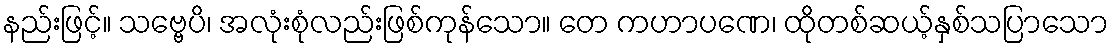
နည်းဖြင့်။ သဗ္ဗေပိ၊ အလုံးစုံလည်းဖြစ်ကုန်သော။ တေ ကဟာပဏေ၊ ထိုတစ်ဆယ့်နှစ်သပြာသော